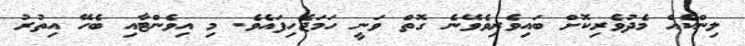
ލިންކެއް މެދުވެރިކޮށް ބައިވެރިވެވޭނެ ގޮތް ވަނީ ހަމަޖެހިފައެވެ. މި އިވެންޓާއި ބެހޭ އިތުރު